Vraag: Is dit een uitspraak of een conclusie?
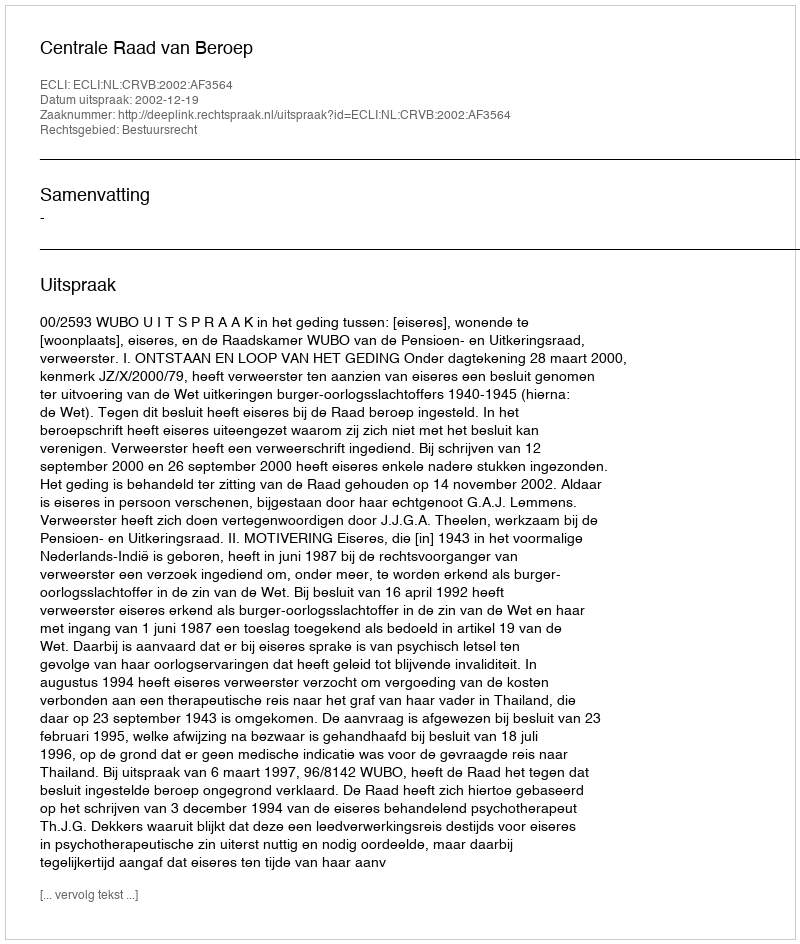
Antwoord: Uitspraak